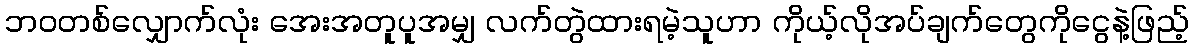
ဘဝတစ်လျှောက်လုံး အေးအတူပူအမျှ လက်တွဲထားရမဲ့သူဟာ ကိုယ့်လိုအပ်ချက်တွေကိုငွေနဲ့ဖြည့်